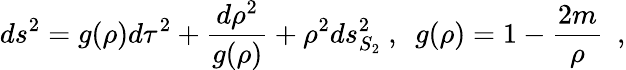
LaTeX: ds^{2}=g(\rho)d\tau^{2}+{\frac{d\rho^{2}}{g(\rho)}}+\rho^{2}ds_{S_{2}}^{2}~,~~g(\rho)=1-{\frac{2m}{\rho}}~~,